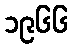
၁၉၆၆